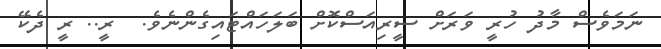
ނަމަވެސް މާދު ހުރީ ވަރަށް ސީރިއަސްކޮށް ބަލަހައްޓައިގެންނެވެ.  ރީ.. ރީ ދެކޭ